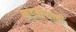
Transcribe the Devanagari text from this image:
फडकऱ्याची